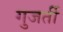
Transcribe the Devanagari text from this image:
गुजर्ती